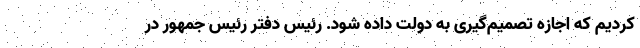
کردیم که اجازه تصمیم‌گیری به دولت داده شود. رئیس دفتر رئیس جمهور در